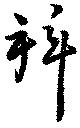
拜